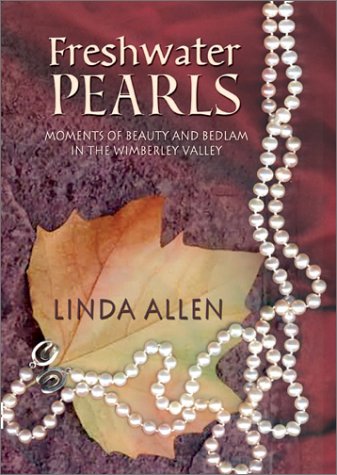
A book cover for Freshwater Pearls: Views of Life from Wimberley, Texas; Linda Allen; Humor & Entertainment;